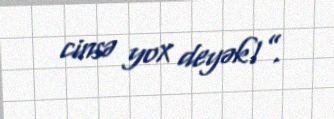
cinsə yox deyək!”.